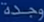
مودة